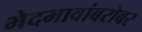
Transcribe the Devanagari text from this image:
भेदभावांबरोबर